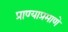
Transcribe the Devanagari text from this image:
प्राण्याप्रमाणे